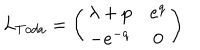
L _ { T o d a } = \left( \begin{array} { c c } { { \lambda + p } } & { { e ^ { q } } } \\ { { - e ^ { - q } } } & { { 0 } } \\ \end{array} \right)